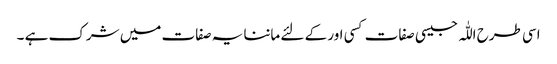
اسی طرح اللّٰہ جیسی صفات کسی اور کے لئے ماننا یہ صفات میں شرک ہے ۔